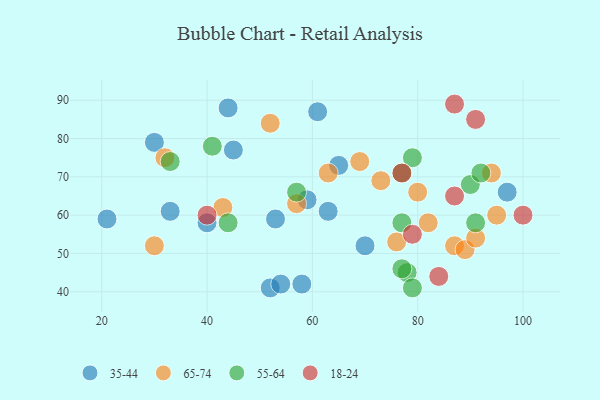
{"axis": {"x": "GDP", "y": "Life Expectancy"}, "legend": ["18-24", "35-44", "55-64", "65-74"], "data": [{"x": "21", "y": 59, "type": "35-44"}, {"x": "40", "y": 58, "type": "35-44"}, {"x": "58", "y": 42, "type": "35-44"}, {"x": "45", "y": 77, "type": "35-44"}, {"x": "52", "y": 41, "type": "35-44"}, {"x": "97", "y": 66, "type": "35-44"}, {"x": "61", "y": 87, "type": "35-44"}, {"x": "44", "y": 88, "type": "35-44"}, {"x": "65", "y": 73, "type": "35-44"}, {"x": "63", "y": 61, "type": "35-44"}, {"x": "30", "y": 79, "type": "35-44"}, {"x": "70", "y": 52, "type": "35-44"}, {"x": "33", "y": 61, "type": "35-44"}, {"x": "54", "y": 42, "type": "35-44"}, {"x": "59", "y": 64, "type": "35-44"}, {"x": "53", "y": 59, "type": "35-44"}, {"x": "73", "y": 69, "type": "65-74"}, {"x": "87", "y": 52, "type": "65-74"}, {"x": "57", "y": 63, "type": "65-74"}, {"x": "89", "y": 51, "type": "65-74"}, {"x": "63", "y": 71, "type": "65-74"}, {"x": "52", "y": 84, "type": "65-74"}, {"x": "69", "y": 74, "type": "65-74"}, {"x": "30", "y": 52, "type": "65-74"}, {"x": "80", "y": 66, "type": "65-74"}, {"x": "91", "y": 54, "type": "65-74"}, {"x": "32", "y": 75, "type": "65-74"}, {"x": "82", "y": 58, "type": "65-74"}, {"x": "94", "y": 71, "type": "65-74"}, {"x": "76", "y": 53, "type": "65-74"}, {"x": "43", "y": 62, "type": "65-74"}, {"x": "95", "y": 60, "type": "65-74"}, {"x": "77", "y": 58, "type": "55-64"}, {"x": "41", "y": 78, "type": "55-64"}, {"x": "44", "y": 58, "type": "55-64"}, {"x": "79", "y": 75, "type": "55-64"}, {"x": "90", "y": 68, "type": "55-64"}, {"x": "77", "y": 71, "type": "55-64"}, {"x": "33", "y": 74, "type": "55-64"}, {"x": "78", "y": 45, "type": "55-64"}, {"x": "91", "y": 58, "type": "55-64"}, {"x": "79", "y": 41, "type": "55-64"}, {"x": "77", "y": 46, "type": "55-64"}, {"x": "57", "y": 66, "type": "55-64"}, {"x": "92", "y": 71, "type": "55-64"}, {"x": "87", "y": 65, "type": "18-24"}, {"x": "91", "y": 85, "type": "18-24"}, {"x": "100", "y": 60, "type": "18-24"}, {"x": "84", "y": 44, "type": "18-24"}, {"x": "77", "y": 71, "type": "18-24"}, {"x": "40", "y": 60, "type": "18-24"}, {"x": "79", "y": 55, "type": "18-24"}, {"x": "87", "y": 89, "type": "18-24"}]}